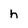
Character: h